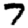
Digit: 7